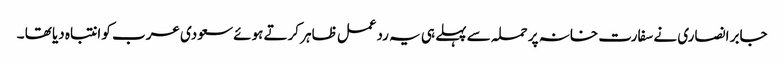
جابر انصاری نے سفارت خانہ پر حملہ سے پہلے ہی یہ ردعمل ظاہر کرتے ہوئے سعودی عرب کو انتباہ دیا تھا ۔